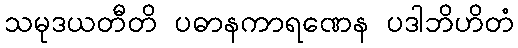
သမုဒယတီတိ ပဓာနကာရဏေန ပဒါဘိဟိတံ